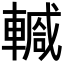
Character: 𨎕